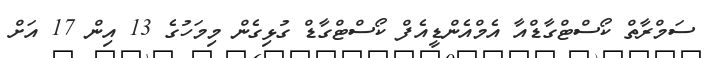
ސަމްރާތް ކޯސްޓްގާޑްއާ އެމްއެންޑީއެފް ކޯސްޓްގާޑް ގުޅިގެން މިމަހުގެ 13 އިން 17 އަށް